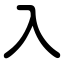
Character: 入